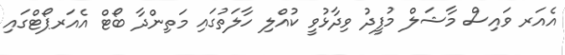
އެއަރ ވައިސް މާޝަލް މުފީދު ވިދާޅުވީ ކުއްލި ހާލަތުގައި މަތިންދާ ބޯޓް އެއަރޕޯޓްގައި